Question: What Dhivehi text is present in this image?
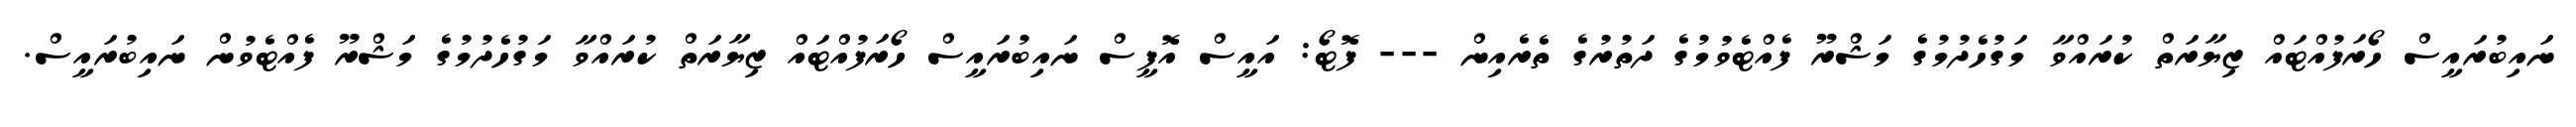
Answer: ނައިބުރައީސް ހޯރަފުއްޓައް ޒިޔާރަތް ކުރައްވާ މަގުހެދުމުގެ މަޝްރޫ ފެއްޓެވުމުގެ ދަތުރުގެ ތެރެއިން --- ފޮޓޯ: އައީސް އޮފީސް ނައިބުރައީސް ހޯރަފުއްޓައް ޒިޔާރަތް ކުރައްވާ މަގުހެދުމުގެ މަޝްރޫ ފެއްޓެވުން ނައިބުރައީސް.